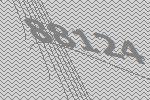
88124